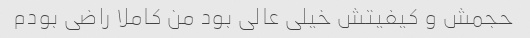
حجمش و کیفیتش خیلی عالی بود من کاملا راضی بودم